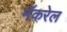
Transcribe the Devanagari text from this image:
मॅकरेल